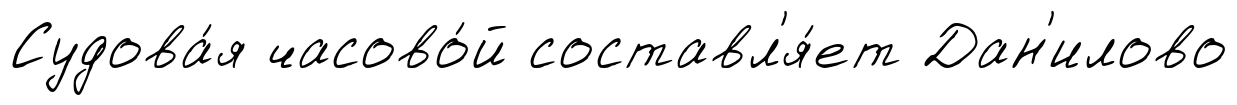
Судова́я часово́й составл'я́ет Дан'илово